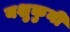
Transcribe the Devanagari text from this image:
यशुकुनी